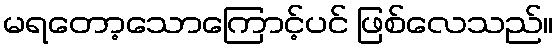
မရတော့သောကြောင့်ပင် ဖြစ်လေသည်။